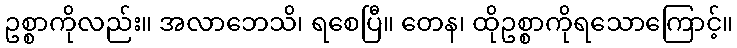
ဥစ္စာကိုလည်း။ အလာဘေသိ၊ ရစေပြီ။ တေန၊ ထိုဥစ္စာကိုရသောကြောင့်။